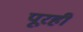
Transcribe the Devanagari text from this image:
पूरही